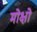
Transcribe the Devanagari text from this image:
मोक्षो